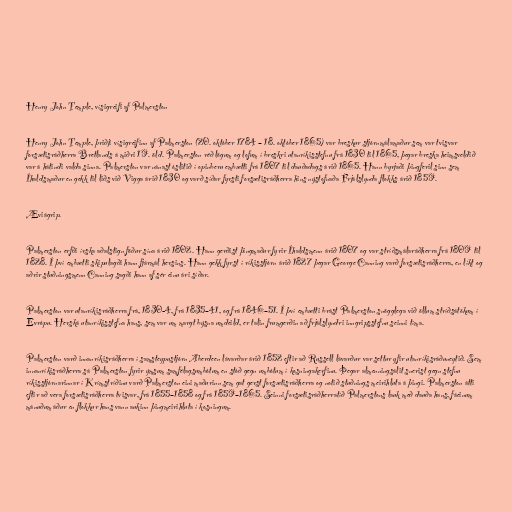
Henry John Temple, vísigreifi af Palmerston

Henry John Temple, þriðji vísigreifinn af Palmerston (20. október 1784 – 18. október 1865) var breskur stjórnmálamaður sem var tvisvar
forsætisráðherra Bretlands á miðri 19. öld. Palmerston réð lögum og lofum í breskri utanríkisstefnu frá 1830 til 1865, þegar breska heimsveldið
var á hátindi valda sinna. Palmerston var nánast óslitið í opinberu embætti frá 1807 til dauðadags árið 1865. Hann byrjaði þingferil sinn sem
Íhaldsmaður en gekk til liðs við Vigga árið 1830 og varð síðar fyrsti forsætisráðherra hins nýstofnaða Frjálslynda flokks árið 1859.

Æviágrip.

Palmerston erfði írska aðalstign föður sína árið 1802. Hann gerðist þingmaður fyrir Íhaldsmenn árið 1807 og var stríðsmálaráðherra frá 1809 til
1828. Í því embætti skipulagði hann fjármál hersins. Hann gekk fyrst í ríkisstjórn árið 1827 þegar George Canning varð forsætisráðherra, en líkt og
aðrir stuðningsmenn Canning sagði hann af sér einu ári síðar.

Palmerston var utanríkisráðherra frá, 1830-4, frá 1835–41, og frá 1846–51. Í því embætti brást Palmerston snögglega við öllum stríðsátökum í
Evrópu. Herská utanríkisstefna hans, sem var um margt býsna umdeild, er talin frumgerðin að frjálslyndri inngripsstefnu seinni tíma.

Palmerston varð innanríkisráðherra í samsteypustjórn Aberdeen lávarðar árið 1852 eftir að Russell lávarður var settur yfir utanríkisráðuneytið. Sem
innanríkisráðherra sá Palmerston fyrir ýmsum samfélagsumbótum en stóð gegn umbótum í kosningakerfinu. Þegar almenningsálit snerist gegn stefnu
ríkisstjórnarinnar í Krímstríðinu varð Palmerston eini maðurinn sem gat gerst forsætisráðherra og notið stuðnings meirihluta á þingi. Palmerston átti
eftir að vera forsætisráðherra tvisvar, frá 1855–1858 og frá 1859–1865. Seinni forsætisráðherratíð Palmerstons lauk með dauða hans, fáeinum
mánuðum áður en flokkur hans vann aukinn þingmeirihluta í kosningum.